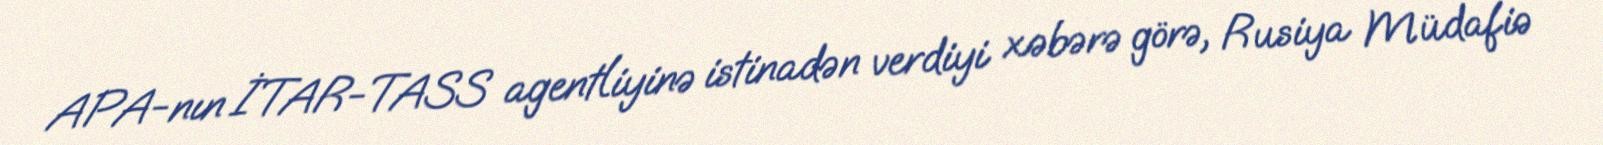
APA-nın İTAR-TASS agentliyinə istinadən verdiyi xəbərə görə, Rusiya Müdafiə